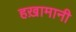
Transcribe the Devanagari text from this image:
हख़ामानी